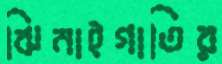
ঝিনাইগাতির